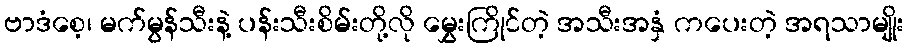
ဗာဒံစေ့၊ မက်မွန်သီးနဲ့ ပန်းသီးစိမ်းတို့လို မွှေးကြိုင်တဲ့ အသီးအနှံ ကပေးတဲ့ အရသာမျိုး